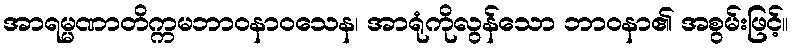
အာရမ္မဏာတိက္ကမဘာဝနာဝသေန၊ အာရုံကိုလွန်သော ဘာဝနာ၏ အစွမ်းဖြင့်။